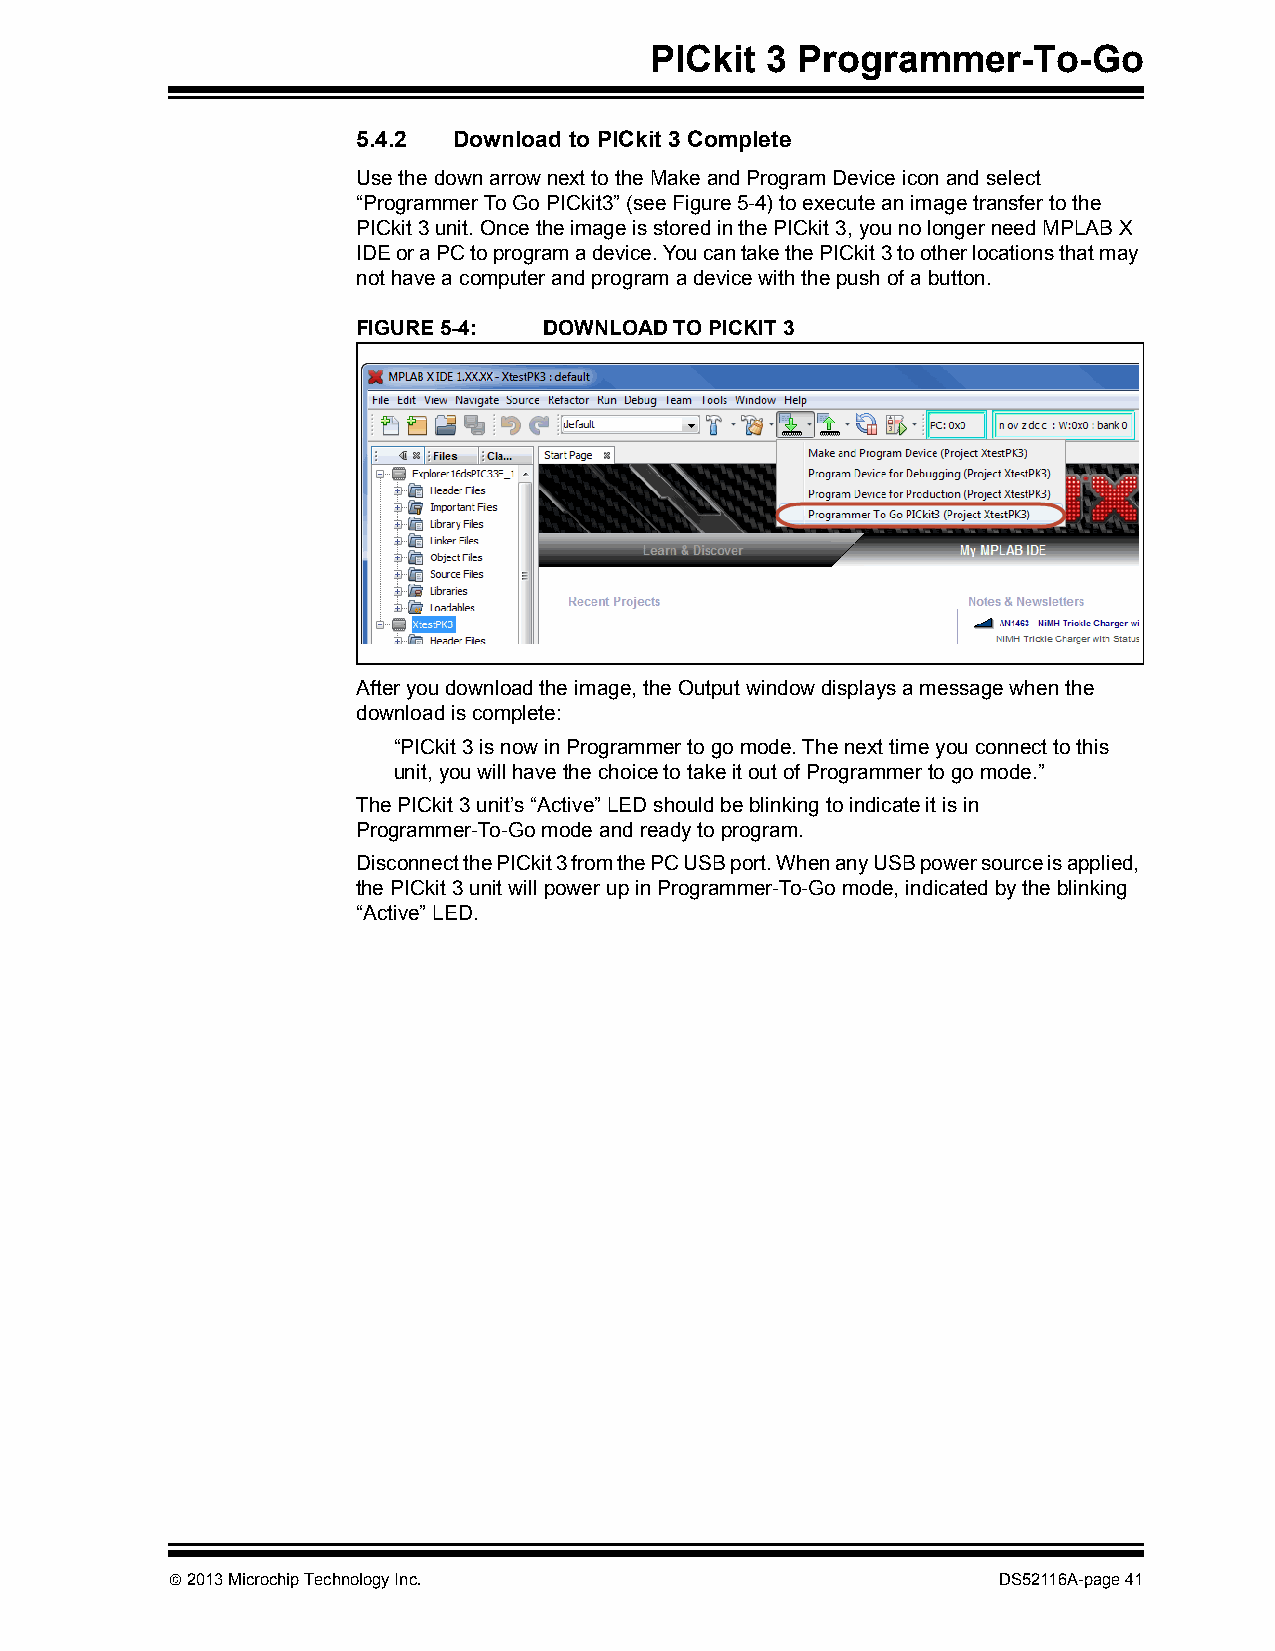
PICkit  3 Programmer-To-Go
 5.4.2 Download to PICkit 3 Complete
 Use the down arrow next to the Make and Program Device icon and select
 “Programmer To Go PICkit3” (see Figure5-4) to execute an image transfer to the
 PICkit 3 unit. Once the image is stored in the PICkit 3, you no longer need MPLAB X
 IDE or a PC to program a device. You can take the PICkit 3 to other locations that may
 not have a computer and program a device with the push of a button.
 FIGURE 5-4: DOWNLOAD TO PICKIT 3
 After you download the image, the Output window displays a message when the
 download is complete:
 “PICkit 3 is now in Programmer to go mode. The next time you connect to this
 unit, you will have the choice to take it out of Programmer to go mode.”
 The PICkit 3 unit’s “Active” LED should be blinking to indicate it is in
 Programmer-To-Go mode and ready to program.
 Disconnect the PICkit 3 from the PC USB port. When any USB power source is applied,
 the PICkit 3 unit will power up in Programmer-To-Go mode, indicated by the blinking
 “Active” LED.
  2013 Microchip Technology Inc.                       DS52116A-page 41